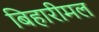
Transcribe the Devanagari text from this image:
बिहारीमल